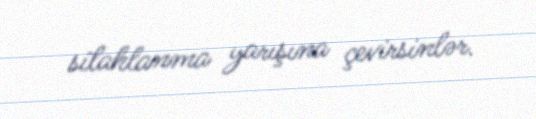
silahlanma yarışına çevirsinlər.